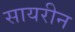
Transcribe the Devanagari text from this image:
सायरीन